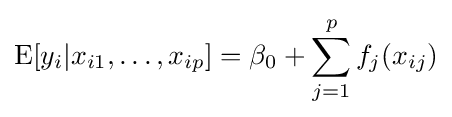
\mathrm {E} [y_{i}|x_{i1},\ldots ,x_{ip}]=\beta _{0}+\sum _{j=1}^{p}f_{j}(x_{ij})